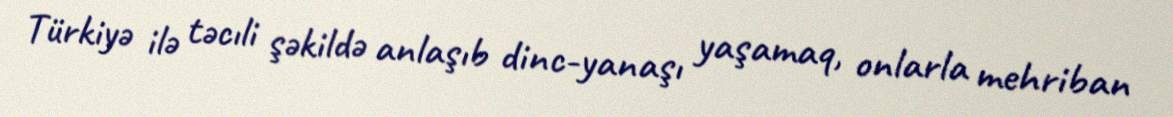
Türkiyə ilə təcıli şəkildə anlaşıb dinc-yanaşı yaşamaq, onlarla mehriban